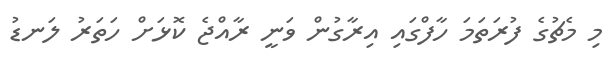
މި މެޗުގެ ފުރަތަމަ ހާފްގައި އިރާގުން ވަނީ ރާއްޖެ ކޮޅަށް ހަތަރު ލަނޑު